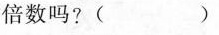
倍数吗?( )